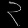
Digit: ၃